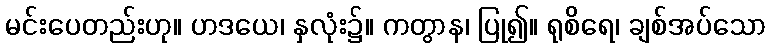
မင်းပေတည်းဟု။ ဟဒယေ၊ နှလုံး၌။ ကတွာန၊ ပြု၍။ ရုစိရေ၊ ချစ်အပ်သော